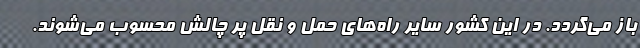
باز می‌گردد. در این کشور سایر راه‌های حمل و نقل پر چالش محسوب می‌شوند.